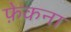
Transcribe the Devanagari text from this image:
फ़ेकना